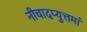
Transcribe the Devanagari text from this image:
नीचादप्युत्तमां